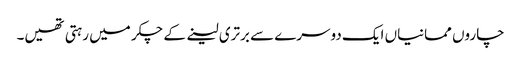
چاروں ممانیاں ایک دوسرے سے برتری لینے کے چکر میں رہتی تھیں۔